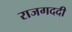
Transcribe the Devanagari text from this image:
राजगददी